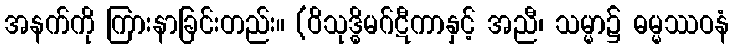
အနက်ကို ကြားနာခြင်းတည်း။ (ဝိသုဒ္ဓိမဂ်ဋီကာနှင့် အညီ၊ သမ္မာ၌ ဓမ္မဿဝနံ